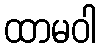
ထာမဝါ